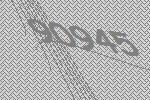
90945